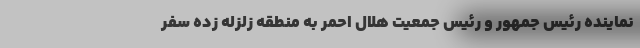
نماینده رئیس جمهور و رئیس جمعیت هلال احمر به منطقه زلزله زده سفر